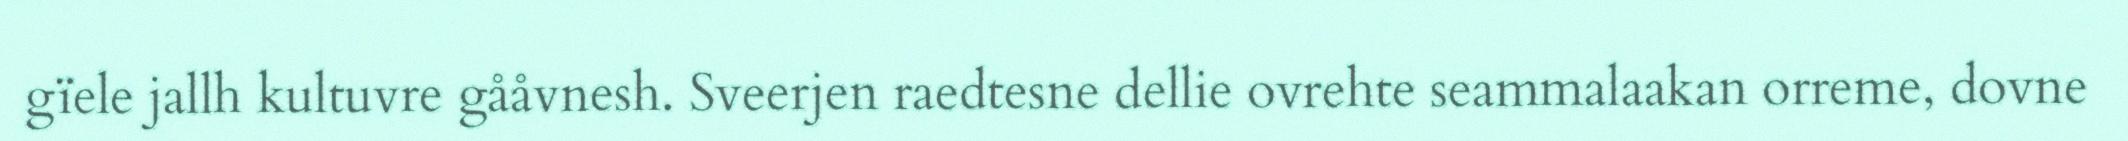
gïele jallh kultuvre gååvnesh. Sveerjen raedtesne dellie ovrehte seammalaakan orreme, dovne